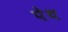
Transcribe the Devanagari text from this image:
पेथ